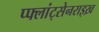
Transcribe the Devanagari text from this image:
प्फ्लांट्सेनराइख़